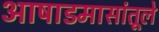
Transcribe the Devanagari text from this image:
आषाडमासांतूले